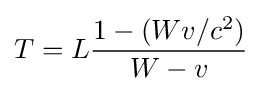
T=L{1-(Wv/c^{2}) \over W-v}